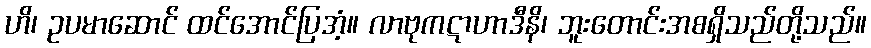
ဟိ၊ ဥပမာဆောင် ထင်အောင်ပြအံ့။ လာဗုကဋာဟာဒီနိ၊ ဘူးတောင်းအစရှိသည်တို့သည်။